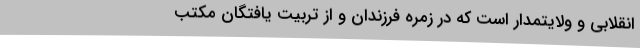
انقلابی و ولایتمدار است که در زمره فرزندان و از تربیت یافتگان مکتب